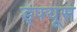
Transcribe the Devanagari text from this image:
ड्फ्यूस